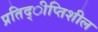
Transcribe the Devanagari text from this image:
प्रतिद्ीप्तिशील